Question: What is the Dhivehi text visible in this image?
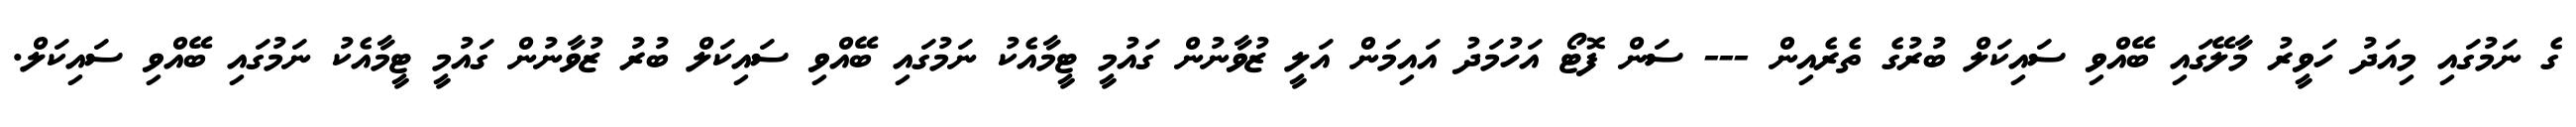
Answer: ގެ ނަމުގައި މިއަދު ހަވީރު މާލޭގައި ބޭއްވި ސައިކަލް ބުރުގެ ތެރެއިން --- ސަން ފޮޓޯ އަހުމަދު އައިމަން އަލީ ޒުވާނުން ގައުމީ ޓީމާއެކު ނަމުގައި ބޭއްވި ސައިކަލް ބުރު ޒުވާނުން ގައުމީ ޓީމާއެކު ނަމުގައި ބޭއްވި ސައިކަލް.